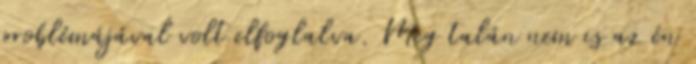
problémájával volt elfoglalva. Meg talán nem is az én